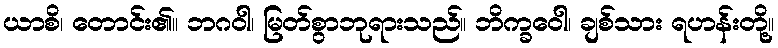
ယာစိ၊ တောင်း၏။ ဘဂဝါ၊ မြတ်စွာဘုရားသည်။ ဘိက္ခဝေါ၊ ချစ်သား ရဟန်းတို့။